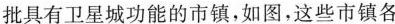
批具有卫星城功能的市镇，如图，这些市镇各